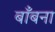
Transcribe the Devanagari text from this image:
बाँबना